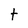
Character: t